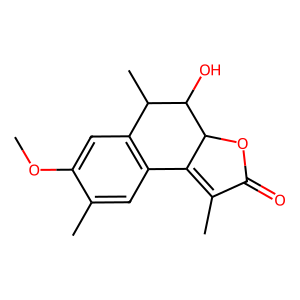
SMILES: COc1cc2c(cc1C)C1=C(C)C(=O)OC1C(O)C2C
Inhibits HIV replication: No